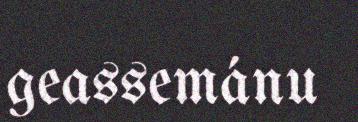
geassemánu